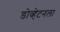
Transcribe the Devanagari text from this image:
डोव्हेटनला